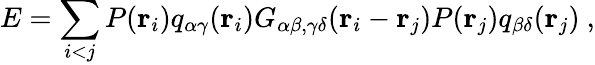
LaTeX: E=\sum_{i<j}P({\mathbf r}_{i})q_{\alpha\gamma}({\mathbf r}_{i})G_{\alpha\beta,\gamma\delta}({\mathbf r}_{i}-{\mathbf r}_{j})P({\mathbf r}_{j})q_{\beta\delta}({\mathbf r}_{j})~,